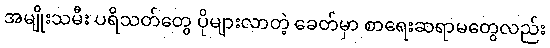
အမျိုးသမီး ပရိသတ်တွေ ပိုများလာတဲ့ ခေတ်မှာ စာရေးဆရာမတွေလည်း